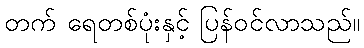
တက် ရေတစ်ပုံးနှင့် ပြန်ဝင်လာသည်။